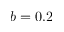
b = 0 . 2